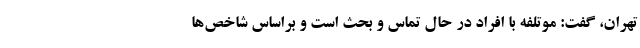
تهران، گفت: موتلفه با افراد در حال تماس و بحث است و براساس شاخص‌ها